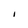
Character: l